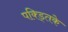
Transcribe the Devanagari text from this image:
पक्ड्तिके